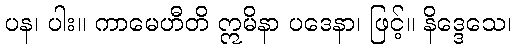
ပန၊ ပါး။ ကာမေဟီတိ ဣမိနာ ပဒေနာ၊ ဖြင့်။ နိဒ္ဒေသေ၊